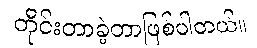
တိုင်းတာခဲ့တာဖြစ်ပါတယ်။